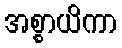
အစ္စာယိကာ